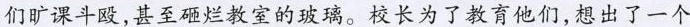
们旷课斗殴，甚至砸烂教室的玻璃。校长为了教育他们，想出了一个